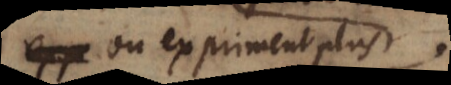
ou expriment plus